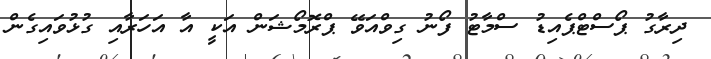
ދިރާގު ޕޯސްޓްޕެއިޑު ސްމާޓު ފޯނު ގިވްއަވޭ ޕްރޮމޯޝަން އަކީ އާ އަހަރާއި ގުޅުވައިގެން